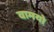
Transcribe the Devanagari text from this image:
वामयो